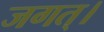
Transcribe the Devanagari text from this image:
जगत्।